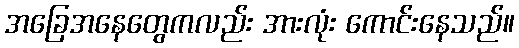
အခြေအနေတွေကလည်း အားလုံး ကောင်းနေသည်။